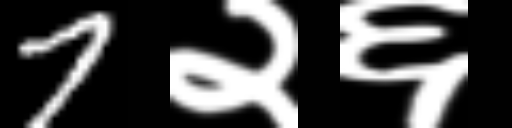
Text: 7२६